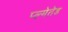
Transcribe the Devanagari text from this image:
प्ल्मेतेड